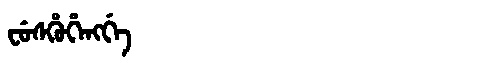
Manchu: ᠸᡠᠰᡥᡠᡥᡝᠩᡤᡝ
Romanization: FUSHUHENGGE